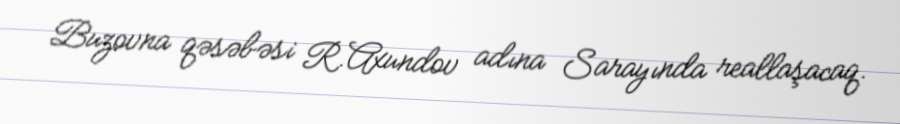
Buzovna qəsəbəsi R.Axundov adına Sarayında reallaşacaq.